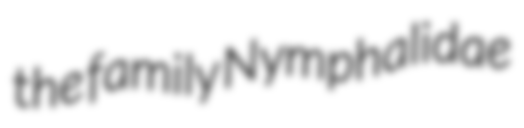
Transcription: the family Nymphalidae